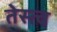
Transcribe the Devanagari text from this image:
तेस्त्व